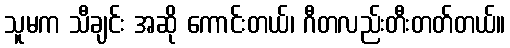
သူမက သီချင်း အဆို ကောင်းတယ်၊ ဂီတလည်းတီးတတ်တယ်။